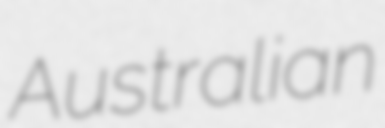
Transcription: Australian